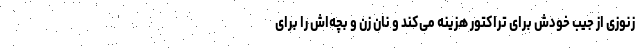
زنوزی از جیب خودش برای تراکتور هزینه می‌کند و نان زن و بچه‌اش را برای